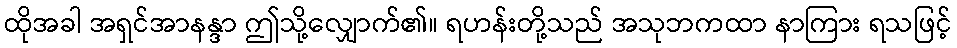
ထိုအခါ အရှင်အာနန္ဒာ ဤသို့လျှောက်၏။ ရဟန်းတို့သည် အသုဘကထာ နာကြား ရသဖြင့်